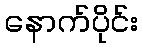
နောက်ပိုင်း